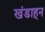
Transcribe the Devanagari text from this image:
खंडाहून